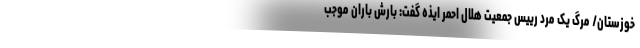
خوزستان/ مرگ یک مرد رییس جمعیت هلال احمر ایذه گفت: بارش باران موجب